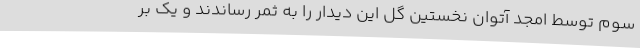
سوم توسط امجد آتوان نخستین گل این دیدار را به ثمر رساندند و یک بر